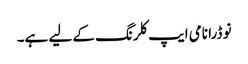
نو ڈرا نامی ایپ کلرنگ کے لیے ہے۔